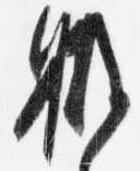
職